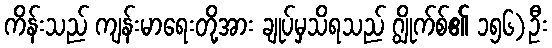
ကိန်းသည် ကျန်းမာရေးတို့အား ချုပ်မှသိရသည် ဂျွိုက်စ်၏ ၁၅၆)ဦး